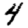
Digit: 4